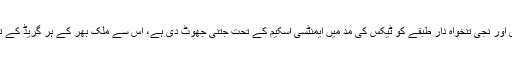
کیوں کہ گزشتہ پاکستان مسلم لیگ (ن) کی حکومت نے اپنے وقت نزع سرکاری اور نجی تنخواہ دار طبقے کو ٹیکس کی مد میں ایمنٹسی اسکیم کے تحت جتنی جھوٹ دی ہے، اِس سے مُلک بھر کے ہر گریڈ کے تمام سرکاری اور نجی تنخواہ دار ملازمین ضرورت سے کہیں زیادہ مطمئن ہیں۔